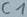
Text: C1